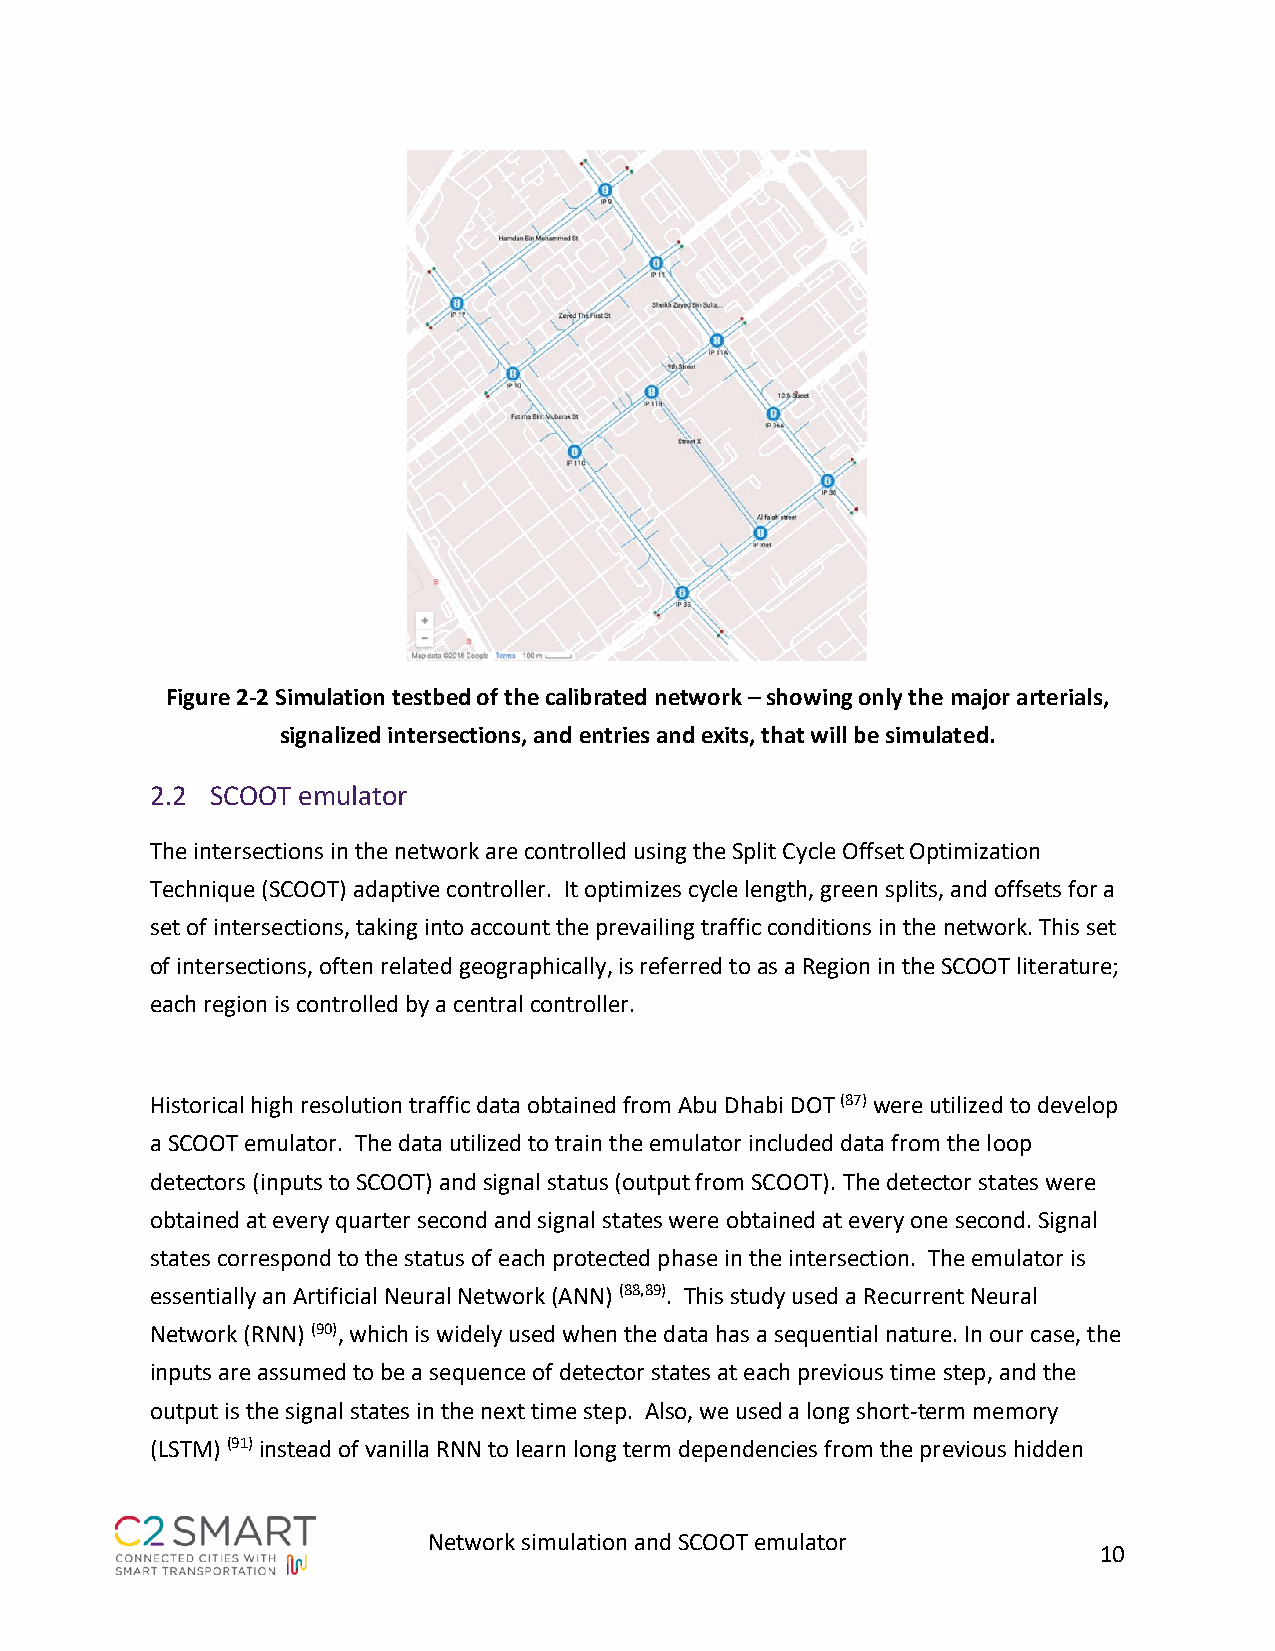
Figure 2-2 Simulation testbed of the calibrated network – showing only the major arterials,
 signalized intersections, and entries and exits, that will be simulated.
 2.2 SCOOT emulator
 The intersections in the network are controlled using the Split Cycle Offset Optimization
 Technique (SCOOT) adaptive controller. It optimizes cycle length, green splits, and offsets for a
 set of intersections, taking into account the prevailing traffic conditions in the network. This set
 of intersections, often related geographically, is referred to as a Region in the SCOOT literature;
 each region is controlled by a central controller.
 Historical high resolution traffic data obtained from Abu Dhabi DOT (87) were utilized to develop
 a SCOOT emulator. The data utilized to train the emulator included data from the loop
 detectors (inputs to SCOOT) and signal status (output from SCOOT). The detector states were
 obtained at every quarter second and signal states were obtained at every one second. Signal
 states correspond to the status of each protected phase in the intersection. The emulator is
 essentially an Artificial Neural Network (ANN) (88,89). This study used a Recurrent Neural
 Network (RNN) (90), which is widely used when the data has a sequential nature. In our case, the
 inputs are assumed to be a sequence of detector states at each previous time step, and the
 output is the signal states in the next time step. Also, we used a long short-term memory
 (LSTM) (91) instead of vanilla RNN to learn long term dependencies from the previous hidden
 Network simulation and SCOOT emulator
 10